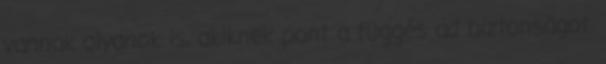
vannak olyanok is, akiknek pont a függés ad biztonságot.